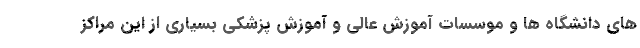
های دانشگاه ها و موسسات آموزش عالی و آموزش پزشکی بسیاری از این مراکز